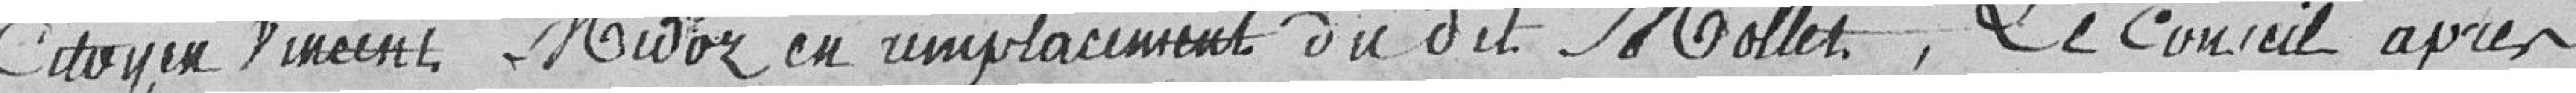
citoyen Vincent Midoz en remplacement dudit Mollet. Le Conseil après